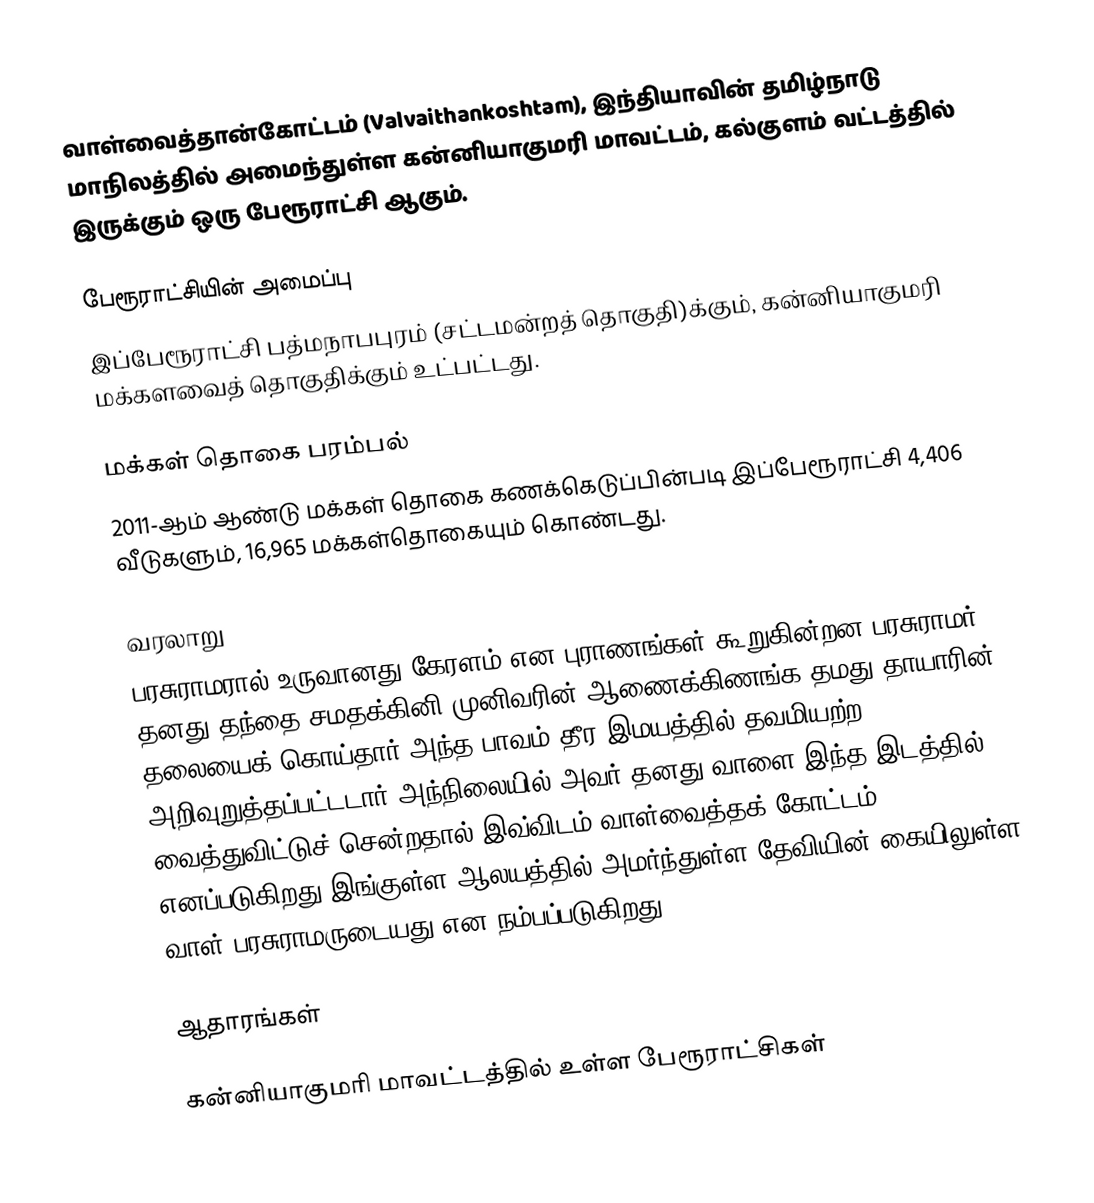
வாள்வைத்தான்கோட்டம் (Valvaithankoshtam), இந்தியாவின் தமிழ்நாடு மாநிலத்தில் அமைந்துள்ள கன்னியாகுமரி மாவட்டம், கல்குளம் வட்டத்தில் இருக்கும் ஒரு பேரூராட்சி ஆகும்.

பேரூராட்சியின் அமைப்பு
இப்பேரூராட்சி  பத்மநாபபுரம் (சட்டமன்றத் தொகுதி)க்கும், கன்னியாகுமரி மக்களவைத் தொகுதிக்கும் உட்பட்டது.

மக்கள் தொகை பரம்பல்
2011-ஆம் ஆண்டு மக்கள் தொகை கணக்கெடுப்பின்படி  இப்பேரூராட்சி                             4,406  வீடுகளும், 16,965 மக்கள்தொகையும் கொண்டது.

வரலாறு
பரசுராமரால் உருவானது கேரளம் என புராணங்கள் கூறுகின்றன.பரசுராமர் தனது தந்தை சமதக்கினி முனிவரின் ஆணைக்கிணங்க தமது தாயாரின் தலையைக் கொய்தார்.அந்த பாவம் தீர இமயத்தில்  தவமியற்ற அறிவுறுத்தப்பட்டடார்.அந்நிலையில் அவர் தனது வாளை இந்த இடத்தில் வைத்துவிட்டுச் சென்றதால் இவ்விடம் வாள்வைத்தக் கோட்டம் எனப்படுகிறது.இங்குள்ள ஆலயத்தில் அமர்ந்துள்ள தேவியின் கையிலுள்ள வாள் பரசுராமருடையது என நம்பப்படுகிறது.

ஆதாரங்கள்

கன்னியாகுமரி மாவட்டத்தில் உள்ள பேரூராட்சிகள்